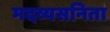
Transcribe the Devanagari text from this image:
मदव्यसनिता